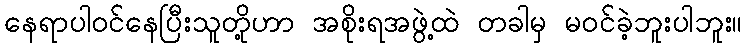
နေရာပါဝင်နေပြီးသူတို့ဟာ အစိုးရအဖွဲ့ထဲ တခါမှ မဝင်ခဲ့ဘူးပါဘူး။